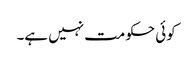
کوئی حکومت نہیں ہے۔